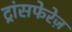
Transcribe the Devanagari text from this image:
ट्रांसफेरेज़